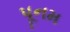
પૂનમ